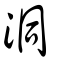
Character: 洞